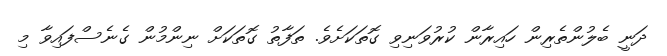
ދަނީ ބެލުންތެރިން ހައިރާން ކުރުވަނިވި ގޮތަކަަށެވެ. ތަފާތު ގޮތަކަށް ނިންމުން ގެެނެސްފައިވާ މި